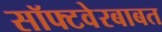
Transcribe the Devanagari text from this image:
सॉफ्टवेरबाबत